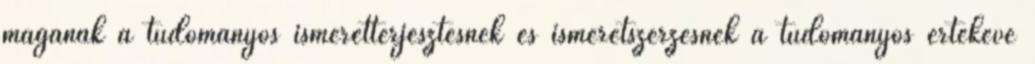
magának a tudományos ismeretterjesztésnek és ismeretszerzésnek a tudományos értékévé